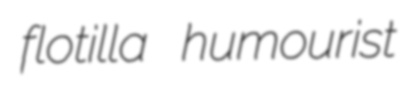
flotilla humourist